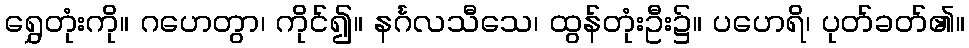
ရွှေတုံးကို။ ဂဟေတွာ၊ ကိုင်၍။ နင်္ဂလသီသေ၊ ထွန်တုံးဦး၌။ ပဟေရိ၊ ပုတ်ခတ်၏။